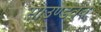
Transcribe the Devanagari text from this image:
साउण्डवेव